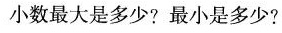
小数最大是多少？最小是多少？